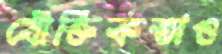
যৌক্তিকতাও